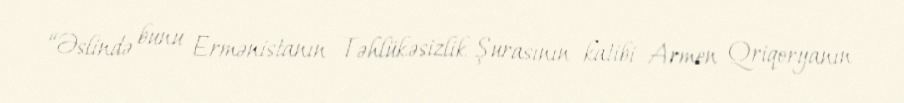
“Əslində bunu Ermənistanın Təhlükəsizlik Şurasının katibi Armen Qriqoryanın